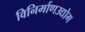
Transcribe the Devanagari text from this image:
विनिर्माणउद्योग